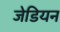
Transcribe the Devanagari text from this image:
जेडियन